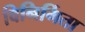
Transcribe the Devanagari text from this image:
विनिर्मिता